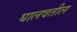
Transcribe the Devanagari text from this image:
घालवतील